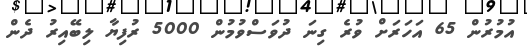
އުމުރުން 65 އަހަރަށް ވުރެ ގިނަ ދުވަސްވުމުން 5000 ރުފިޔާ ލިބޭއިރު ދެން